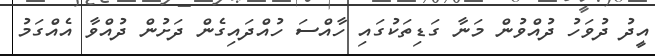
އީދު ދުވަހު ދުއްވުން މަނާ ގަޑިތަކުގައި ހާއްސަ ހުއްދައިގެން ދަށުން ދުއްވާ އެއްގަމު